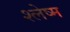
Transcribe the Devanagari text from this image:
श्‍लेष्म